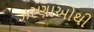
ઝરણાઓથી